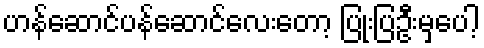
ဟန်ဆောင်ပန်ဆောင်လေးတော့ ပြုံးပြဦးမှပေါ့